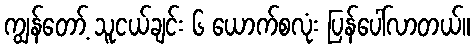
ကျွန်တော့် သူငယ်ချင်း ၆ ယောက်စလုံး ပြန်ပေါ်လာတယ်။